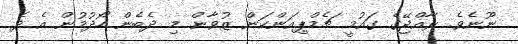
ނޫނެވެ. ރާއްޖޭގެ ގައުމީ ޗެމްޕިއަންކަން ޒުވާން މި ދެބެން ހޯދުމުން އެ ދެ